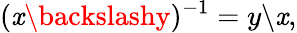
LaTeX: (\mathit{x}\backslashy)^{-1}=y\backslash\mathit{x},